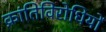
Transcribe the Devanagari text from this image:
क्रांतिविरोधियों